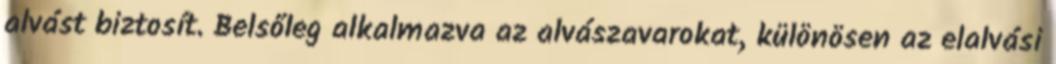
alvást biztosít. Belsőleg alkalmazva az alvászavarokat, különösen az elalvási